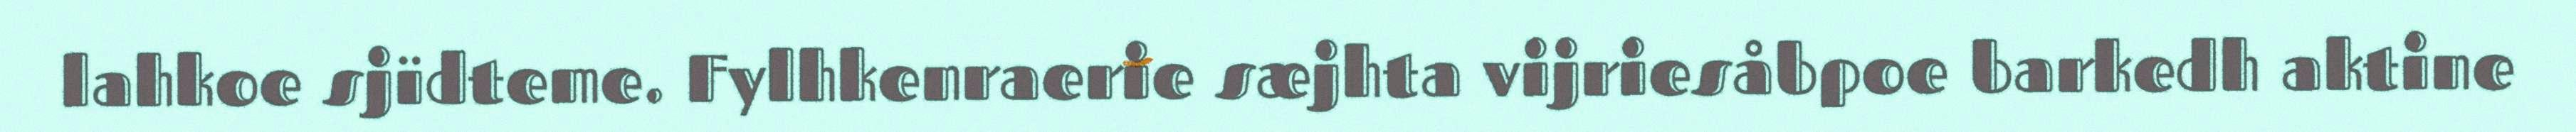
lahkoe sjïdteme. Fylhkenraerie sæjhta vijriesåbpoe barkedh aktine